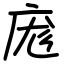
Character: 庬